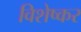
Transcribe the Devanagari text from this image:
विशेष्कर